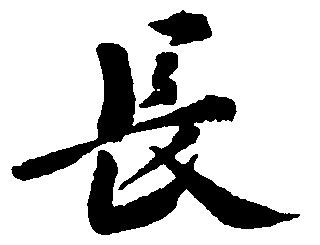
長